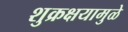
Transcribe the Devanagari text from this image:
शुक्रक्षयामुळे